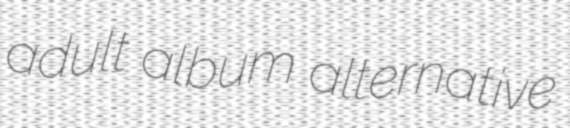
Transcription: adult album alternative